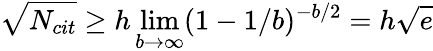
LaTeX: \sqrt{N_{cit}}\ge h\operatorname*{lim}_{b\rightarrow\infty}(1-1/b)^{-b/2}=h\sqrt{e}